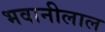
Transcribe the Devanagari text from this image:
भवानीलाल